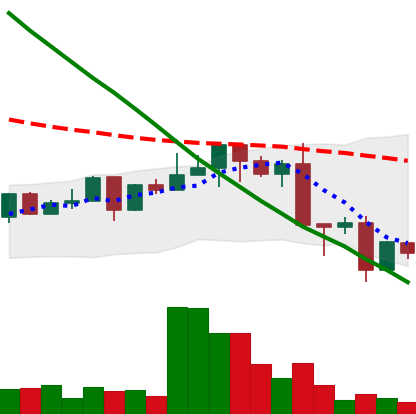
Ticker: NEO-USD
Chart end date: 2022-12-21
Forward return: -3.158%
Label: down_3_5